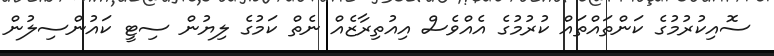
ސޮއިކުރުމުގެ ކަންތައްތައް ކުރުމުގެ އެއްވެސް އިއުތިރާޒެއް ނެތް ކަމުގެ ލިޔުން ސިޓީ ކައުންސިލުން